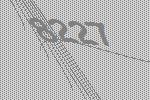
8227